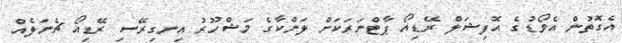
އެގޮތުން އެވޯޑުގެ އޮފިޝަލް ރޭޑިއޯ ޕާޓްނަރަކަށް ލަންކާގެ މަޝްހޫރު އިނގިރޭސި ރޭޑިއޯ ޗެނަލެއް